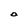
Character: O